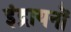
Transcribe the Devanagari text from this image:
इंद्रायनों